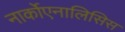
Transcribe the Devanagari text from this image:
नार्कोएनालिसिस